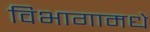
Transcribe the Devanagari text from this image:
विभागामधे